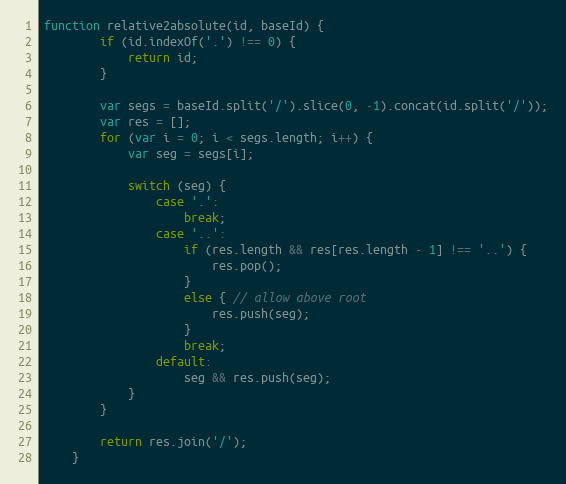
Language: JavaScript
function relative2absolute(id, baseId) {
        if (id.indexOf('.') !== 0) {
            return id;
        }

        var segs = baseId.split('/').slice(0, -1).concat(id.split('/'));
        var res = [];
        for (var i = 0; i < segs.length; i++) {
            var seg = segs[i];

            switch (seg) {
                case '.':
                    break;
                case '..':
                    if (res.length && res[res.length - 1] !== '..') {
                        res.pop();
                    }
                    else { // allow above root
                        res.push(seg);
                    }
                    break;
                default:
                    seg && res.push(seg);
            }
        }

        return res.join('/');
    }